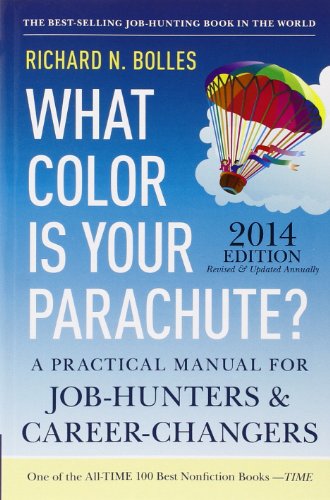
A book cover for What Color Is Your Parachute? 2014: A Practical Manual for Job-Hunters and Career-Changers; Richard N. Bolles; Business & Money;